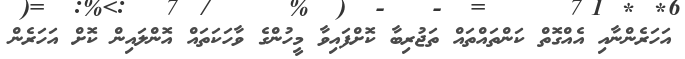
އަހަރެންނާއި އެއްގޮތް ކަންތައްތައް ތަޖުރިބާ ކޮށްފައިވާ މީހުންގެ ވާހަކަތައް އޮންލައިން ކޮށް އަހަރެން